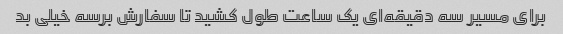
برای مسیر سه دقیقه‌ای یک ساعت طول کشید تا سفارش برسه خیلی بد